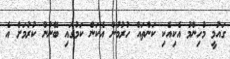
ގައުމީ މުހިންމު އެކިއެކި ކަންތައް ހުރުމުން އެކަން ކަމުގައި ބޭނުން ކުރުމަށް އެ